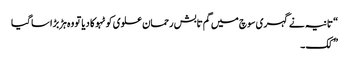
“ تانیہ نے گہری سوچ میں گم تابش رحمان علوی کو ٹہوکا دیا تو وہ ہڑبڑا سا گیا
” کک ۔